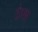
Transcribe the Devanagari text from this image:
टंग्स